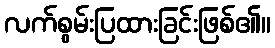
လက်စွမ်းပြထားခြင်းဖြစ်၏။